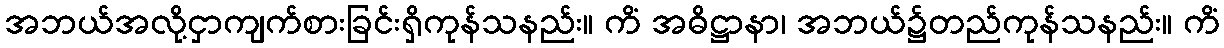
အဘယ်အလို့ငှာကျက်စားခြင်းရှိကုန်သနည်း။ ကိံ အဓိဋ္ဌာနာ၊ အဘယ်၌တည်ကုန်သနည်း။ ကိံ